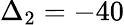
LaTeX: \Delta_{2}=-40